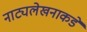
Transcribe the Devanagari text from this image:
नाट्यलेखनाकडे